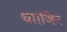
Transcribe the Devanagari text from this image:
था।जिन